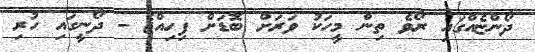
ދޯންޏެއްގައި ރޯވެ ތިން މީހަކު ވަރަށް ބޮޑަށް ފިހިއްޖެ - ދޯނީގައި ހުރި